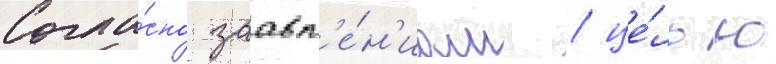
Согла́сно заавл'е́н'иам / це́лью